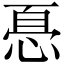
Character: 㥑